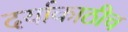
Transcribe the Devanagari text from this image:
दर्याकाठीच